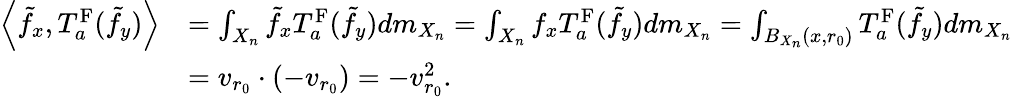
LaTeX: \begin{array}{rl}{\left\langle\tilde{f}_{x},T_{a}^{\mathrm{F}}(\tilde{f}_{y})\right\rangle}&{=\int_{X_{n}}\tilde{f}_{x}T_{a}^{\mathrm{F}}(\tilde{f}_{y})dm_{X_{n}}=\int_{X_{n}}f_{x}T_{a}^{\mathrm{F}}(\tilde{f}_{y})dm_{X_{n}}=\int_{B_{X_{n}}(x,r_{0})}T_{a}^{\mathrm{F}}(\tilde{f}_{y})dm_{X_{n}}}\\ &{=v_{r_{0}}\cdot(-v_{r_{0}})=-v_{r_{0}}^{2}.}\end{array}